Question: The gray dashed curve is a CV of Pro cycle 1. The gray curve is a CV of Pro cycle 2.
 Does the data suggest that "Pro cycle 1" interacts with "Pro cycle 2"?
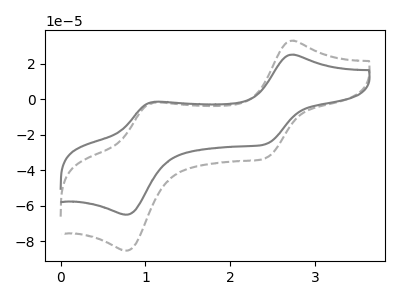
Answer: <think>The gray dashed curve "Pro cycle 1" has anodic peaks at (2.70V, 33.10uA) (1.10V, -1.85uA) and cathodic peaks at (2.40V, -33.05uA) (0.80V, -85.45uA). The gray curve "Pro cycle 2" has anodic peaks at (2.70V, 25.25uA) (1.10V, -1.40uA) and cathodic peaks at (2.40V, -25.20uA) (0.80V, -65.10uA).
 All the peaks in "Pro cycle 1" have a peak in "Pro cycle 2" at the same potential.</think>
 <answer>No, "Pro cycle 1" and "Pro cycle 2" don't appear to be significantly different in shape</answer>
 <eval>no_change</eval>